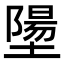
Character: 𪤝